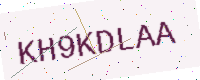
Text: KH9KDLAA